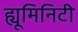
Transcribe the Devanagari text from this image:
ह्यूमिनिटी